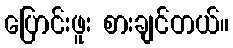
ပြောင်းဖူး စားချင်တယ်။